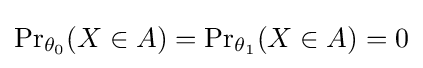
{\Pr }_{\theta _{0}}(X\in A)={\Pr }_{\theta _{1}}(X\in A)=0